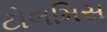
ટોલમિસ